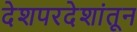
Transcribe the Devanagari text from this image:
देशपरदेशांतून